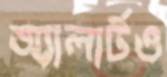
অ্যালার্টও